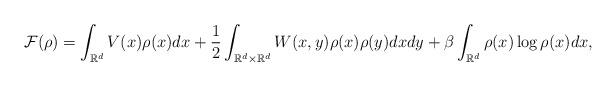
LaTeX: \begin{align*}\mathcal{ F}(\rho)=\int_{\mathbb{R}^d}V(x)\rho(x)dx+\frac{1}{2}\int_{\mathbb{R}^d\times \mathbb{R}^d}W(x,y)\rho(x)\rho(y)dxdy+\beta\int_{\mathbb{R}^d}\rho(x)\log\rho(x)dx,\end{align*}